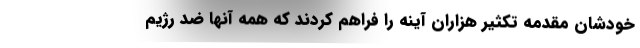
خودشان مقدمه تکثیر هزاران آینه‌ را فراهم کردند که همه آنها ضد رژیم